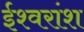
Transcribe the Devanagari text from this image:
ईश्वरांश